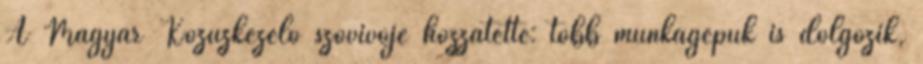
A Magyar Közúzkezelő szóvivője hozzátette: több munkagépük is dolgozik,